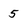
Character: 5